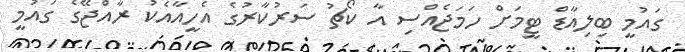
ގައުމީ ބިލިއާޑް ޓީމަށް ހަމަޖެއްސި އާ ކޯޗު ސަރުކާރުގެ އެހީއާއެކު ރާއްޖޭގެ ގައުމީ